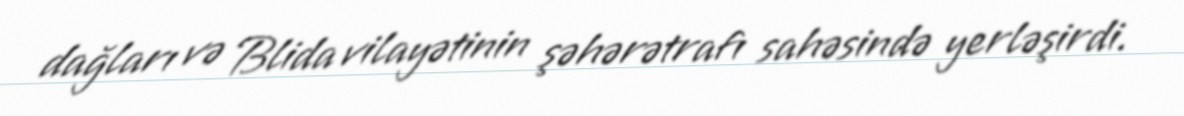
dağları və Blida vilayətinin şəhərətrafı sahəsində yerləşirdi.